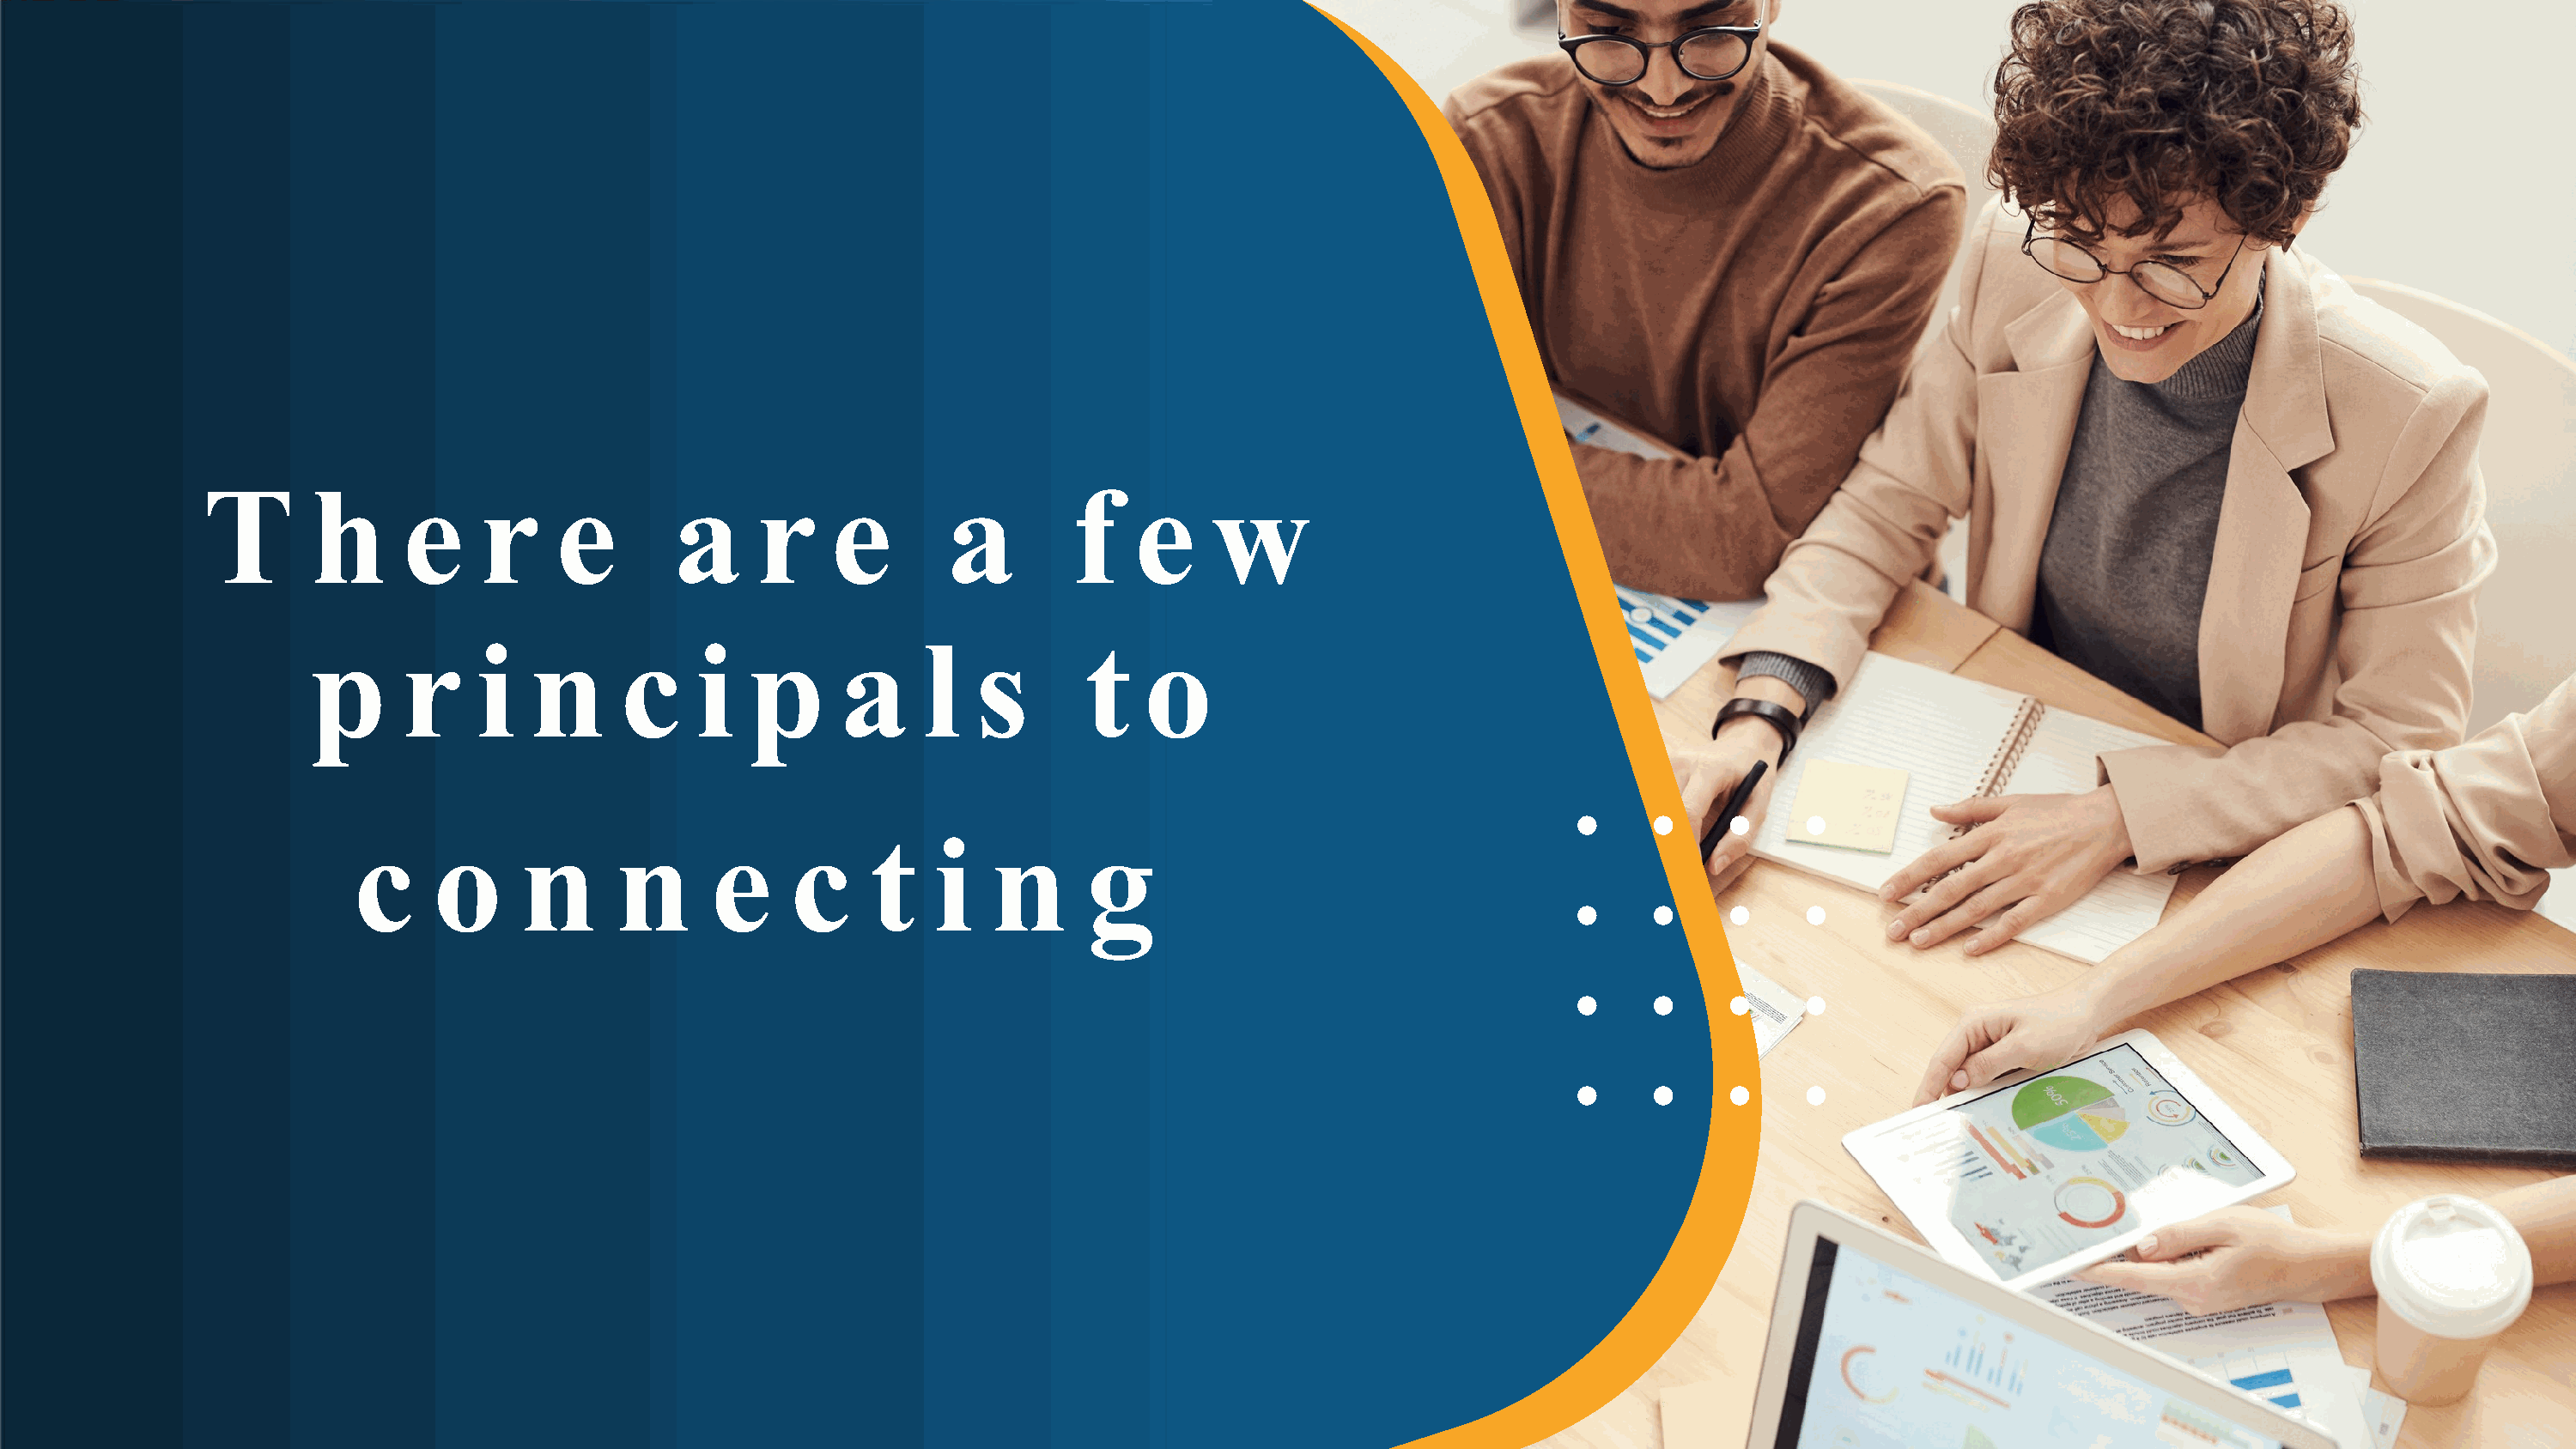
T       h      e     r     e        a     r     e        a         f   e     w
 p      r     i   n      c     i   p      a     l   s        t   o
 c     o      n      n       e     c     t    i   n       g